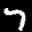
Label: 7